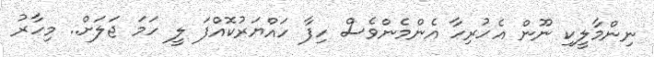
ނިންމާލީކި ނޫން އެހުރިހާ އެންމެންވެސް ހިފާ ހައްޔަރުކޮއްފަ ލީ ހަމަ ޖަލަށް.. މިހާރު